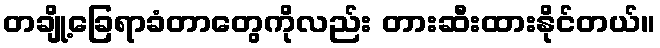
တချို့ခြေရာခံတာတွေကိုလည်း တားဆီးထားနိုင်တယ်။